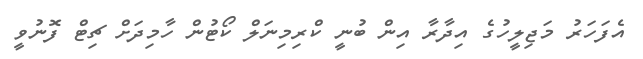
އެފަހަރު މަޖިލީހުގެ އިދާާރާ އިން ބުނީ ކްރިމިނަލް ކޯޓުން ހާމިދަށް ޗިޓް ފޮނުވީ